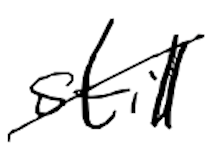
Text: still
Cross-out: diagonal
Writing tool: digital_black